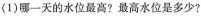
(1)哪一天的水位最高?